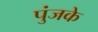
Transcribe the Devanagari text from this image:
पुंजके